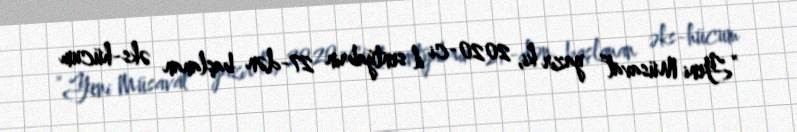
“Yeni Müsavat” yazır ki, 2020-ci il sentyabrın 27-dən başlanan əks-hücum